Civil Veterinary Department. Central Provinces & Berar 1925-31 - 1925-1931
Year: 1925
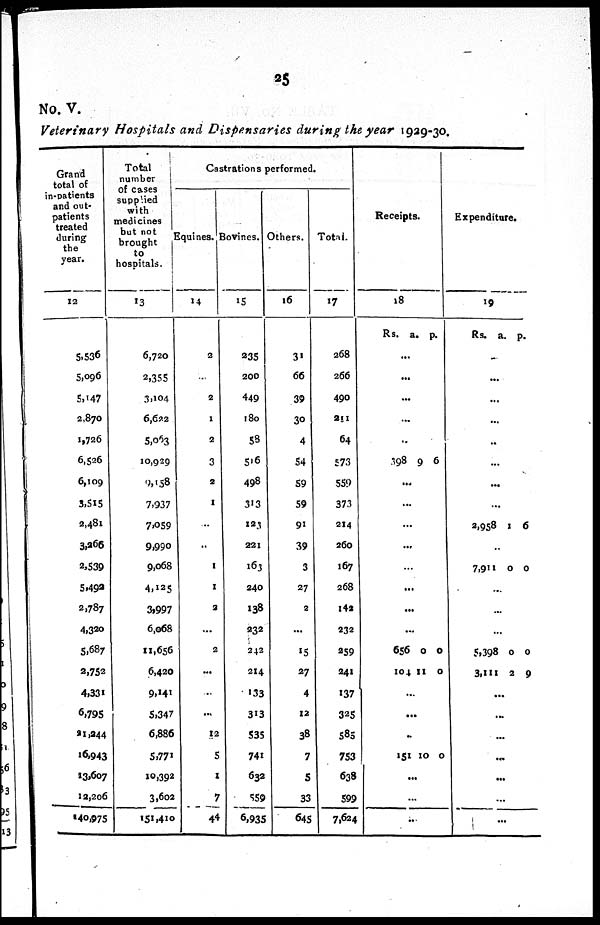
25
No. V.
Veterinary Hospitals and Dispensaries during the year 1929-30.
Grand
total of
in-patients
and out-
patients
treated
during
the
year.
12
5,536
5,096
5,147
2,70
1,726
6,526
6,109
3,515
2,481
3,266
2,539
5,492
2,787
4,320
5,687
2,752
4,331
6,795
21,944
16,943
13,607
12,206
140,975
Total
number
of cases
supplied
with
medicines
but not
brought
to
hospitals.
13
6,720
2,355
3,104
6,622
5,063
10,929
2,058
7,937
7,059
9,990
9,068
4,125
3,997
6,068
11,656
6,420
9,141
5,347
6,386
5,771
10,392
3,602
151,410
Castrations performed.
Equines.
14
2
...
2
1
2
3
2
1
...
..
1
1
2
...
2
...
..
...
12
5
1
7
44
Bovincs.
15
235
200
449
180
58
516
498
313
123
221
163
940
138
232
242
214
133
313
535
741
632
559
6,935
Others.
16
31
66
39
30
4
54
59
59
91
39
3
27
2
...
15
27
4
12
38
7
5
33
645
Total.
17
268
266
490
211
64
573
559
373
214
260
167
268
142
932
259
941
137
325
585
753
638
599
7,624
Receipts.
18
Rs.
a. p.
...
...
...
...
..
398 9 6
...
...
...
...
...
...
...
...
656
104
0
11
0
0
...
...
...
151 10 0
...
...
...
Expenditure.
19
Rs. a. p.
...
...
...
...
..
...
...
...
2,958 1 6
...
7,911 0 0
...
...
...
5,398
3,111
0
2
0
9
...
...
...
...
...
...
...